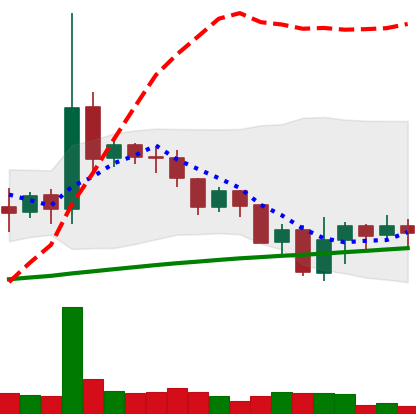
Ticker: DOGE-USD
Chart end date: 2019-07-21
Forward return: -5.039%
Label: down_5_7